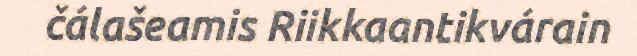
čálašeamis Riikkaantikvárain